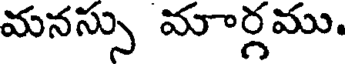
మనస్సు మార్గము.